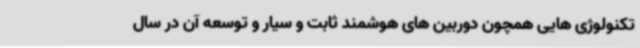
تکنولوژی هایی همچون دوربین های هوشمند ثابت و سیار و توسعه آن در سال